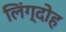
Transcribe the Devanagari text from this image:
लिंग्दोह